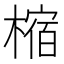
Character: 樎